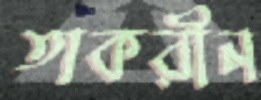
তাকরীন